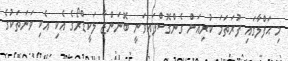
މި ޙަފްލާގައި ފުރަތަމަ ކުރިއަށް ގެންގޮސްފައިވަނީ ބޮނަންޒާ ލަކީޑްރޯގެ އެކި އެކި ވަނަތަކުގެ